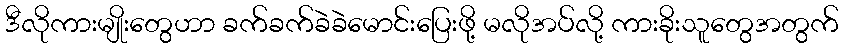
ဒီလိုကားမျိုးတွေဟာ ခက်ခက်ခဲခဲမောင်းပြေးဖို့ မလိုအပ်လို့ ကားခိုးသူတွေအတွက်